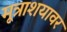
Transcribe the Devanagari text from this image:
मूत्राशयावर